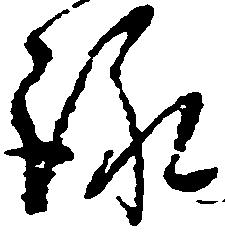
詠